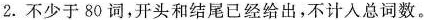
2. 不少于80 词，开头和结尾已经给出，不计入总词数。